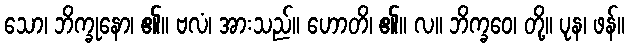
သော၊ ဘိက္ခုနော၊ ၏။ ဗလံ၊ အားသည်။ ဟောတိ၊ ၏။ လ။ ဘိက္ခဝေ၊ တို့။ ပုန၊ ဖန်။